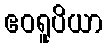
ဧဝရူပိယာ